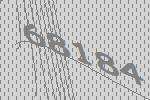
68184